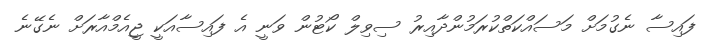
ފައިސާ ނެގުމަށް މަސައްކަތްކުރަމުންދާއިރު ސިވިލް ކޯޓުން ވަނީ އެ ފައިސާއަކީ ޖީއެމްއާރަށް ނެގޭނެ